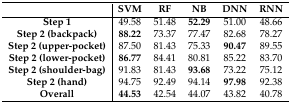
<table><thead><tr><td></td><td><b>SVM</b></td><td><b>RF</b></td><td><b>NB</b></td><td><b>DNN</b></td><td><b>RNN</b></td></tr></thead><tbody><tr><td><b>Step 1</b></td><td>49.58</td><td>51.48</td><td><b>52.29</b></td><td>51.00</td><td>48.66</td></tr><tr><td><b>Step 2 (backpack)</b></td><td><b>88.22</b></td><td>73.37</td><td>77.47</td><td>82.68</td><td>78.27</td></tr><tr><td><b>Step 2 (upper-pocket)</b></td><td>87.50</td><td>81.43</td><td>75.33</td><td><b>90.47</b></td><td>89.55</td></tr><tr><td><b>Step 2 (lower-pocket)</b></td><td><b>86.77</b></td><td>84.41</td><td>80.81</td><td>85.22</td><td>83.70</td></tr><tr><td><b>Step 2 (shoulder-bag)</b></td><td>91.83</td><td>81.43</td><td><b>93.68</b></td><td>73.22</td><td>75.12</td></tr><tr><td><b>Step 2 (hand)</b></td><td>94.75</td><td>92.49</td><td>94.14</td><td><b>97.98</b></td><td>92.38</td></tr><tr><td><b>Overall</b></td><td><b>44.53</b></td><td>42.54</td><td>44.07</td><td>43.82</td><td>40.78</td></tr></tbody></table>